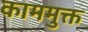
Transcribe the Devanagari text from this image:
काममुक्त